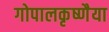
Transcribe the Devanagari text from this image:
गोपालकृष्णैया